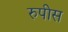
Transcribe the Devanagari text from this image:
रुपीस